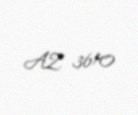
AZ 3610